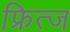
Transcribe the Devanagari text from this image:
फ्रित्ज